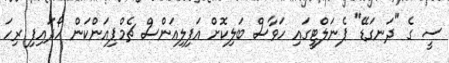
ސީ ގެ "ދަނގަޑޭ" ޕެނަލްޓީގައި ހަވާސް ބަލިކޮށް އަފިލިއަންސް ޗެމްޕިއަންކަން ހޯދައިފި ރިހަ